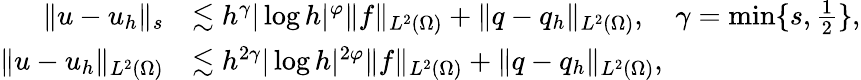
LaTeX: \begin{array}{rl}{\| u-u_{h}\| _{s}}&{\lesssim h^{\gamma}|\log h|^{\varphi}\| f\| _{L^{2}(\Omega)}+\| q-q_{h}\| _{L^{2}(\Omega)},\quad\gamma=\operatorname*{min}\{ s,\frac{1}{2}\} ,}\\ {\| u-u_{h}\| _{L^{2}(\Omega)}}&{\lesssim h^{2\gamma}|\log h|^{2\varphi}\| f\| _{L^{2}(\Omega)}+\| q-q_{h}\| _{L^{2}(\Omega)},}\end{array}